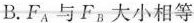
B.F_{A}与F_{B}大小相等